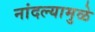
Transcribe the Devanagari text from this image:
नांदल्यामुळे